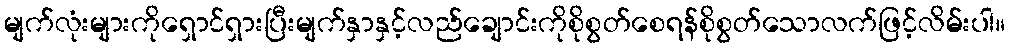
မျက်လုံးများကိုရှောင်ရှားပြီးမျက်နှာနှင့်လည်ချောင်းကိုစိုစွတ်စေရန်စိုစွတ်သောလက်ဖြင့်လိမ်းပါ။